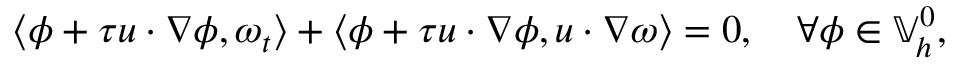
\left\langle \phi + \tau u \cdot \nabla \phi , \omega _ { t } \right\rangle + \left\langle \phi + \tau u \cdot \nabla \phi , u \cdot \nabla \omega \right\rangle = 0 , \quad \forall \phi \in \mathbb { V } _ { h } ^ { 0 } ,